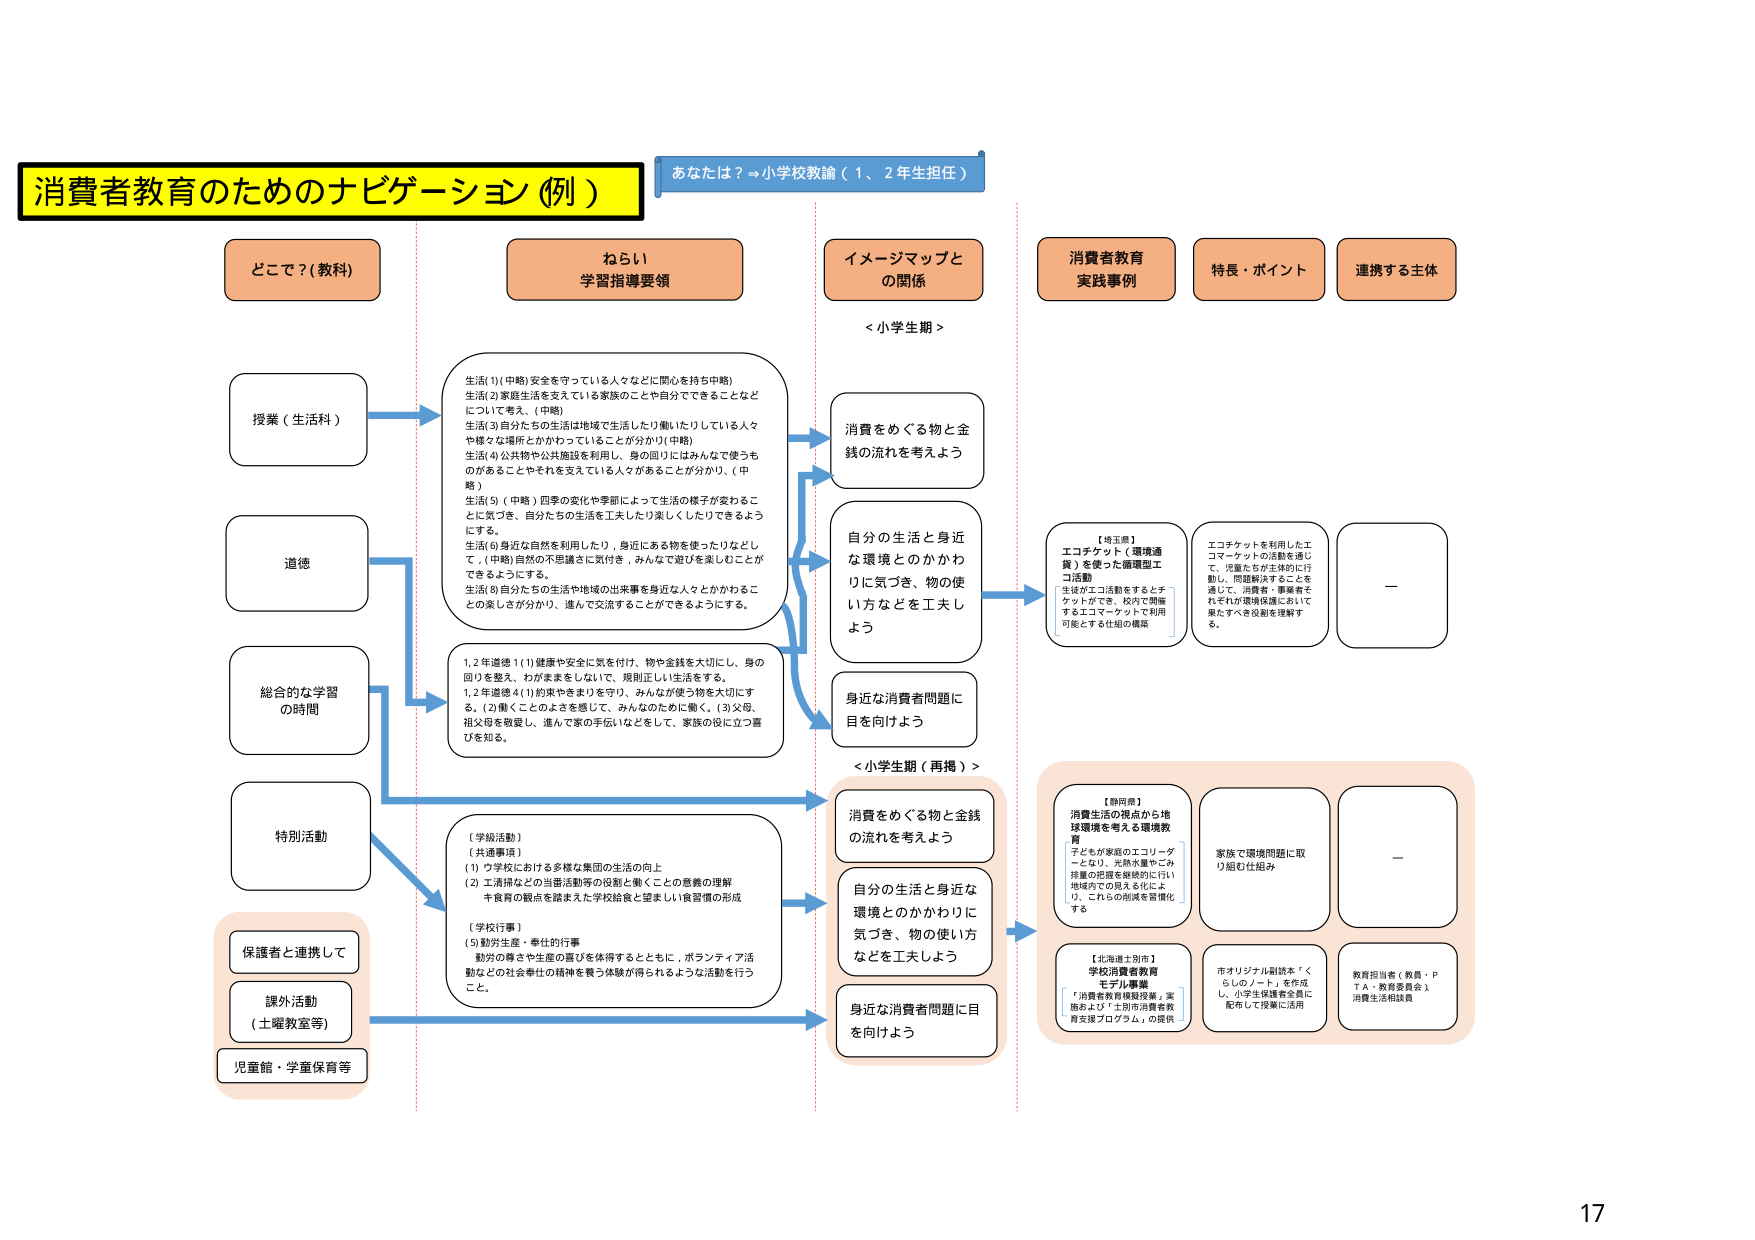
消費者教育のためのナビゲーション（例）

あなたは？→小学校教諭（１、２年生担任）

どこで？（教科）

ねらい
学習指導要領

イメージマップと
の関係

消費者教育
実践事例

特長・ポイント

連携する主体

授業（生活科）

生活(1)(中略)安全を守っている人々などに関心を持ち中略)
生活(2)家庭生活を支えている家族のことや自分でできることなど
について考え。(中略)
生活(3)自分たちの生活は地域で生活したり働いたりしている人々
や様々な場所とかかわっていることが分かり!(中略)
生活(4)公共物や公共施設を利用し、身の回りにはみんなで使うも
のがあることやそれを支えている人々があることが分かり、(中
略)
生活(5)（中略）四季の変化や季節によって生活の様子が変わるこ
とに気づき、自分たちの生活を工夫したり楽しくしたりできるよう
にする。
生活(6)身近な自然を利用したり、身近にある物を使ったりなどし
て、(中略)自然の不思議さに気付き、みんなで遊びを楽しむことが
できるようにする。
生活(8)自分たちの生活や地域の出来事を身近な人々とかかわるこ
との楽しさが分かり、進んで交流することができるようになる。

<小学生期>

消費をめぐる物と金
銭の流れを考えよう

自分の生活と身近
な環境とのかかわ
りに気づき、物の使
い方などを工夫し
よう

身近な消費者問題に
目を向けよう

【埼玉県】
エコチケット（環境通
貨）を使った循環型エ
コ活動
生活がエコ活動をするとチ
ケットがでる、校内で開催
するエコマーケットで利用
可能とする仕組の構築

エコチケットを利用したエ
コマーケットの活動を通し
て、児童たちが主体的に行
動し、問題解決することを
通して、消費者・事業者そ
れぞれが環境保護において
果たすべき役割を理解す
る。

—

道徳

1,2年道徳1(1)健康や安全に気を付け、物や金銭を大切にし、身の
回りを整え、わがままをしないで、規則正しい生活をする。
1,2年道徳4(1)約束やきまりを守り、みんなが使う物を大切にす
る。(2)働くことのよさを感じて、みんなのために働く。(3)父母、
祖父母を敬愛し、進んで家の手伝いなどをして、家族の役に立つ喜
びを知る。

総合的な学習
の時間

特別活動

【学級活動】
（共通事項）
(1) ウ学校における多様な集団の生活の向上
(2) エ清掃などの当番活動等の役割と働くことの意義の理解
キ食育の観点を踏まえた学校給食と望ましい食習慣の形成

【学校行事】
(5)勤労生産・奉仕的行事
勤労の尊さや生産の喜びを体得するとともに、ボランティア活
動などの社会奉仕の精神を養う体験が得られるような活動を行う
こと。

<小学生期（再掲）>

消費をめぐる物と金銭
の流れを考えよう

自分の生活と身近な
環境とのかかわりに
気づき、物の使い方
などを工夫しよう

身近な消費者問題に目
を向けよう

【静岡県】
消費生活の視点から地
球環境を考える環境教
育
子どもが家庭のエコリーダ
ーとなり、光熱水費やごみ
排量の把握を継続的に行い、
地域内で見える化によ
り、これらの削減を習慣化
する

家族で環境問題に取
り組む仕組み

—

【北海道土別市】
学校消費者教育
モデル事業
「消費者教育模擬授業」実
施および「土別市消費者教
育支援プログラム」の提供

市オリジナル副読本「く
らしのノート」を作成
し、小学生保護者全員に
配布して授業に活用

教育担当者（教員・Ｐ
ＴＡ・教育委員会）、
消費生活相談員

保護者と連携して

課外活動
（土曜教室等）

児童館・学童保育等

17